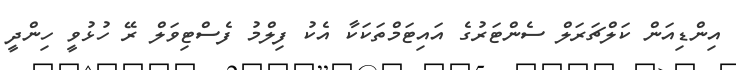
އިންޑިއަން ކަލްޗަރަލް ސެންޓަރުގެ އައިޓަމްތަކަކާ އެކު ފިލްމު ފެސްޓިވަލް ރޭ ހުޅުވީ ހިންދީ